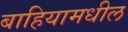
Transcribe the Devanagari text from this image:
बाहियामधील